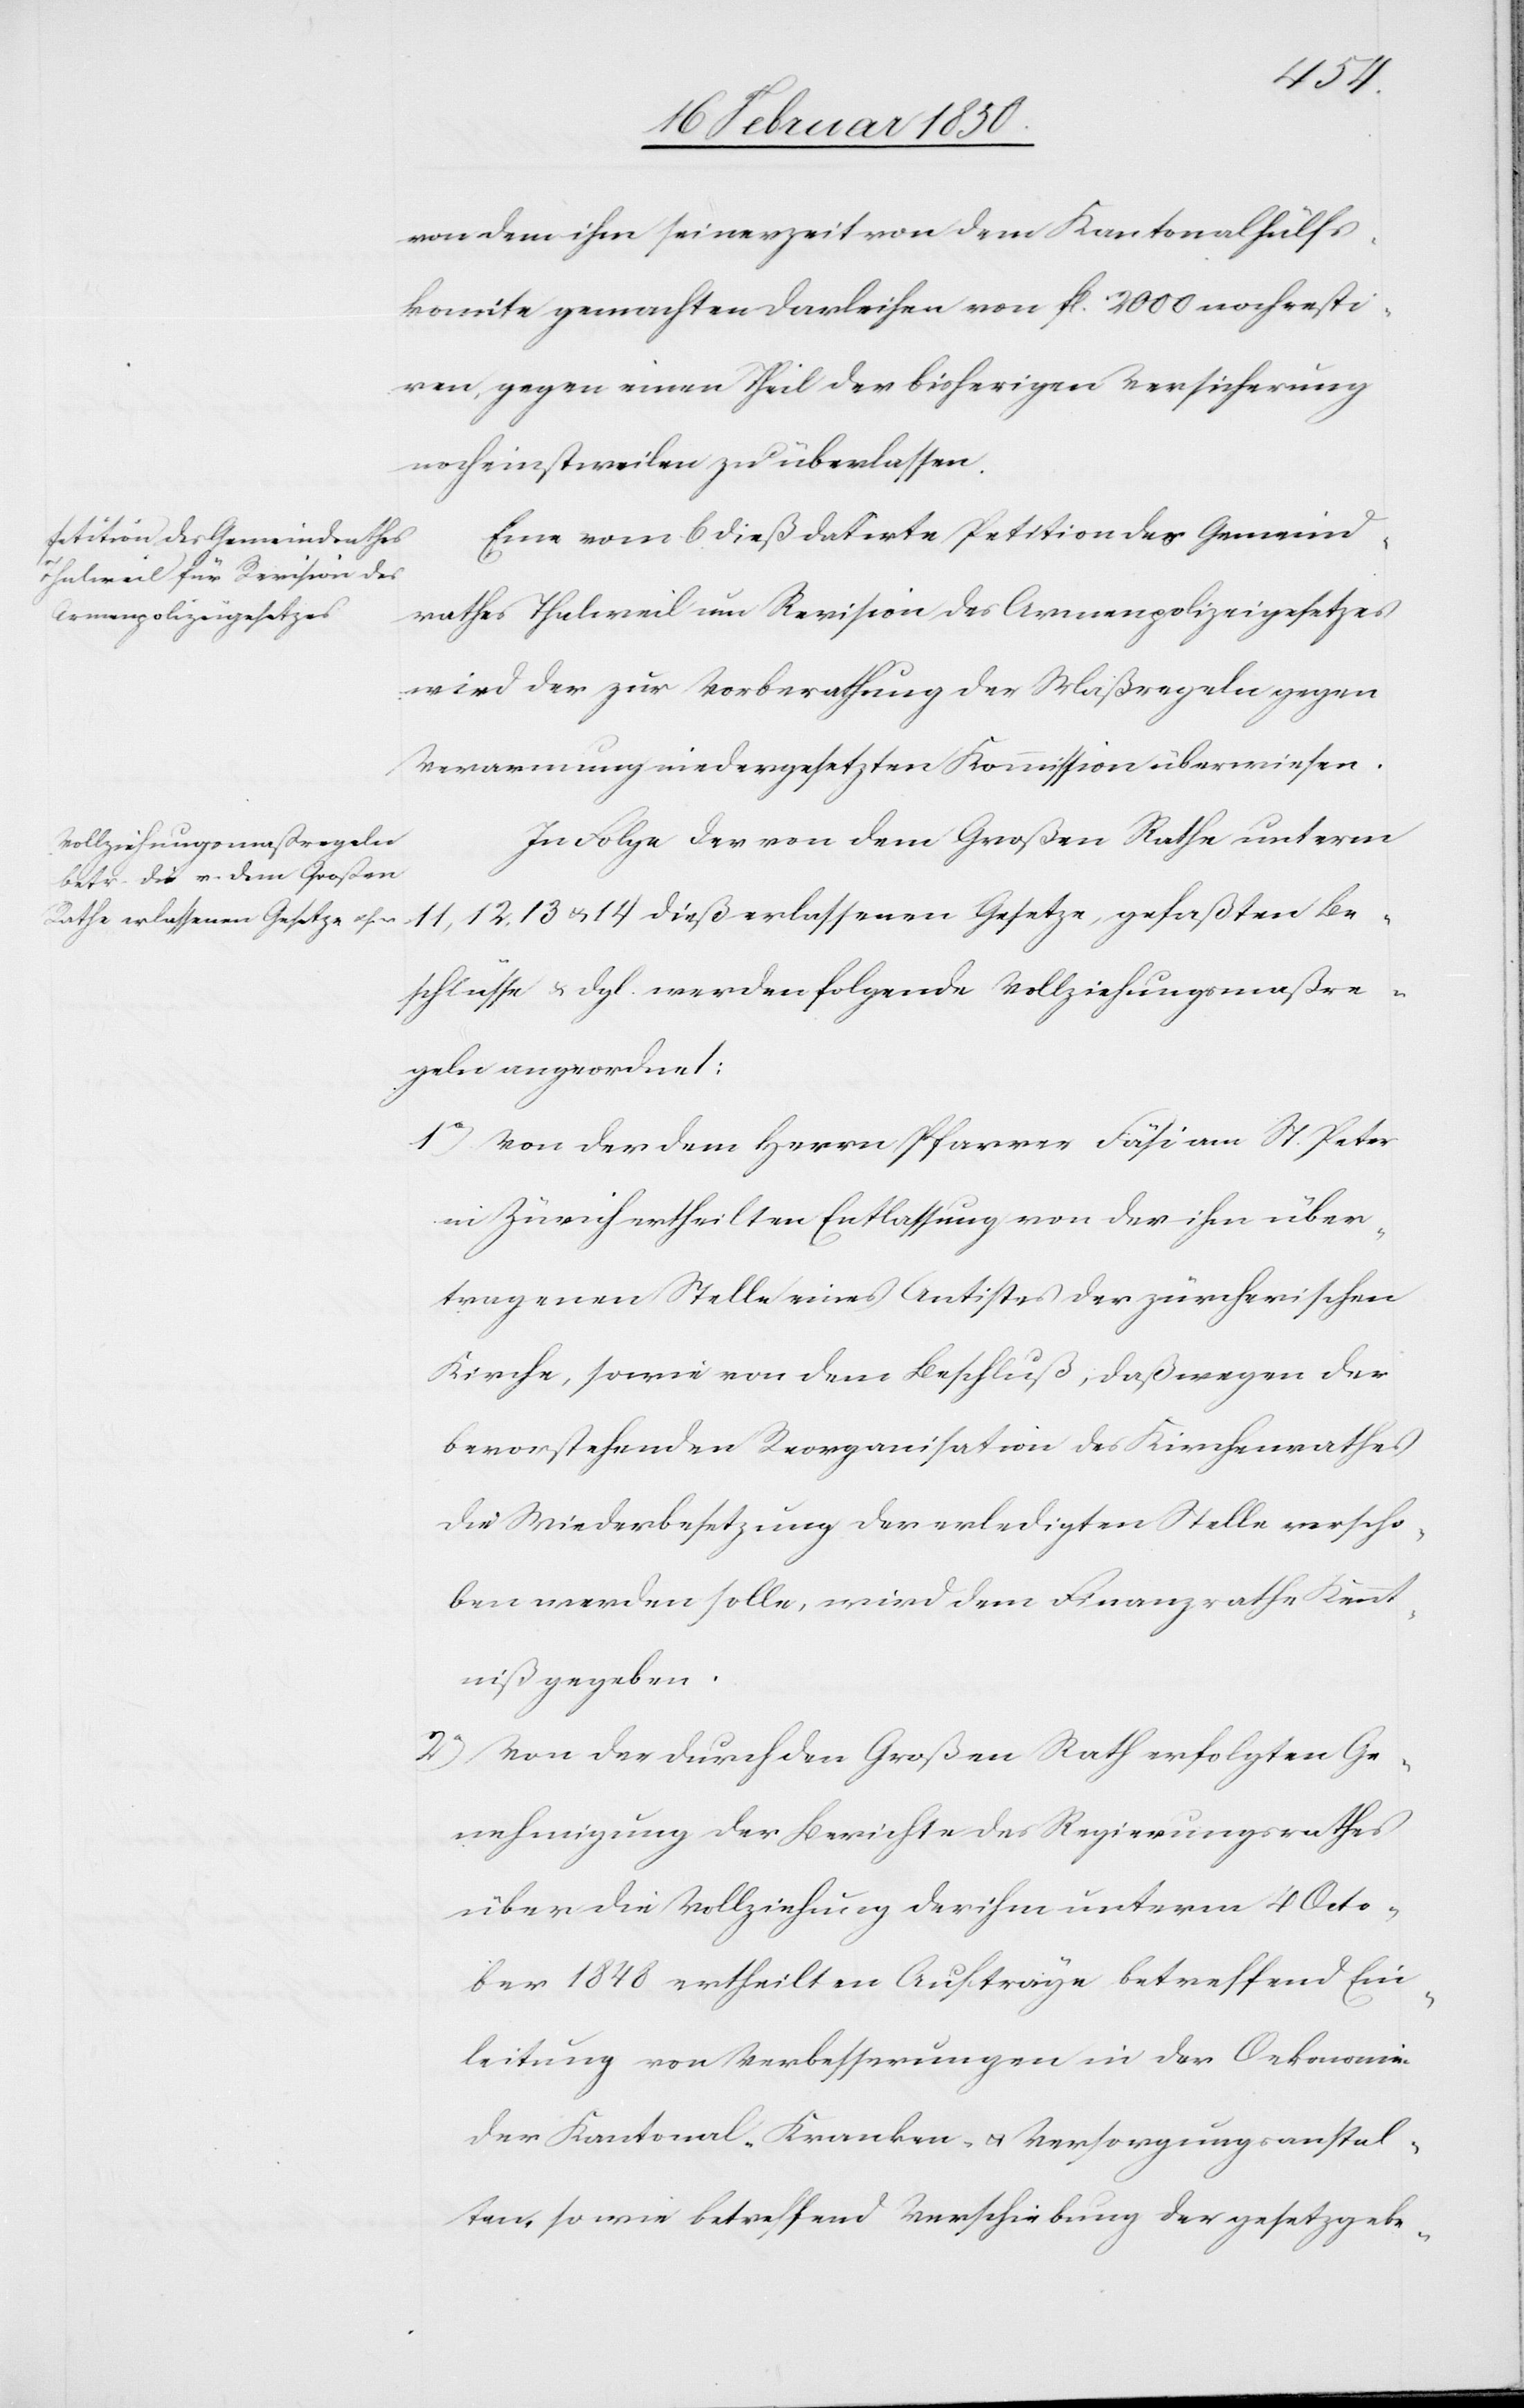
von dem ihm seinerzeit von dem Kantonalhülfs¬
komite gemachten Darleihen von fl. 2000 noch resti¬
ren, gegen einen Theil der bisherigen Versicherung
noch einstweilen zu überlassen.
Eine vom 6 dieß datirte Petition des Gemeind¬
rathes Thalweil um Revision des Armenpolizeigesetzes
wird der zur Vorberathung der Maßregeln gegen
Verarmung niedergesetzten Kommission überwiesen.
In Folge der von dem Großen Rathe unterm
11, 12, 13 u. 14 dieß erlassenen Gesetze, gefaßten Be¬
schlüsse u. dgl. werden folgende Vollziehungsmaßre¬
geln angeordnet:
1o) Von der dem Herrn Pfarrer Fäsi am St. Peter
in Zürich ertheilten Entlassung von der ihm über¬
tragenen Stelle eines Antistes der zürcherischen
Kirche, sowie von dem Beschluß, daß wegen der
bevorstehenden Reorganisation des Kirchenrathes
die Wiederbesetzung der erledigten Stelle verscho¬
ben werden solle, wird dem Finanzrathe Kennt¬
niß gegeben.
2o) Von der durch den Großen Rath erfolgten Ge¬
nehmigung der Berichte des Regierungsrathes
über die Vollziehung der ihm unterm 4 Octo¬
ber 1848 ertheilten Aufträge betreffend Ein¬
leitung von Verbesserungen in der Oekonomie
der Kantonal-Kranken- u. Versorgungsanstal¬
ten, so wie betreffend Verschiebung der gesetzgebe-